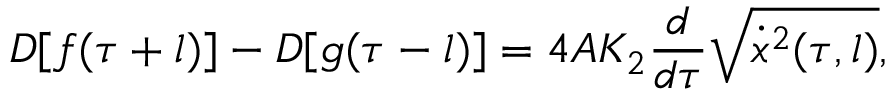
D [ f ( \tau + l ) ] - D [ g ( \tau - l ) ] = 4 A K _ { 2 } \frac { d } { d \tau } \sqrt { \dot { x } ^ { 2 } ( \tau , l ) } ,